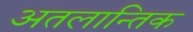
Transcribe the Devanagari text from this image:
अतलान्तिक